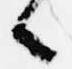
々